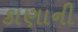
કાણાની